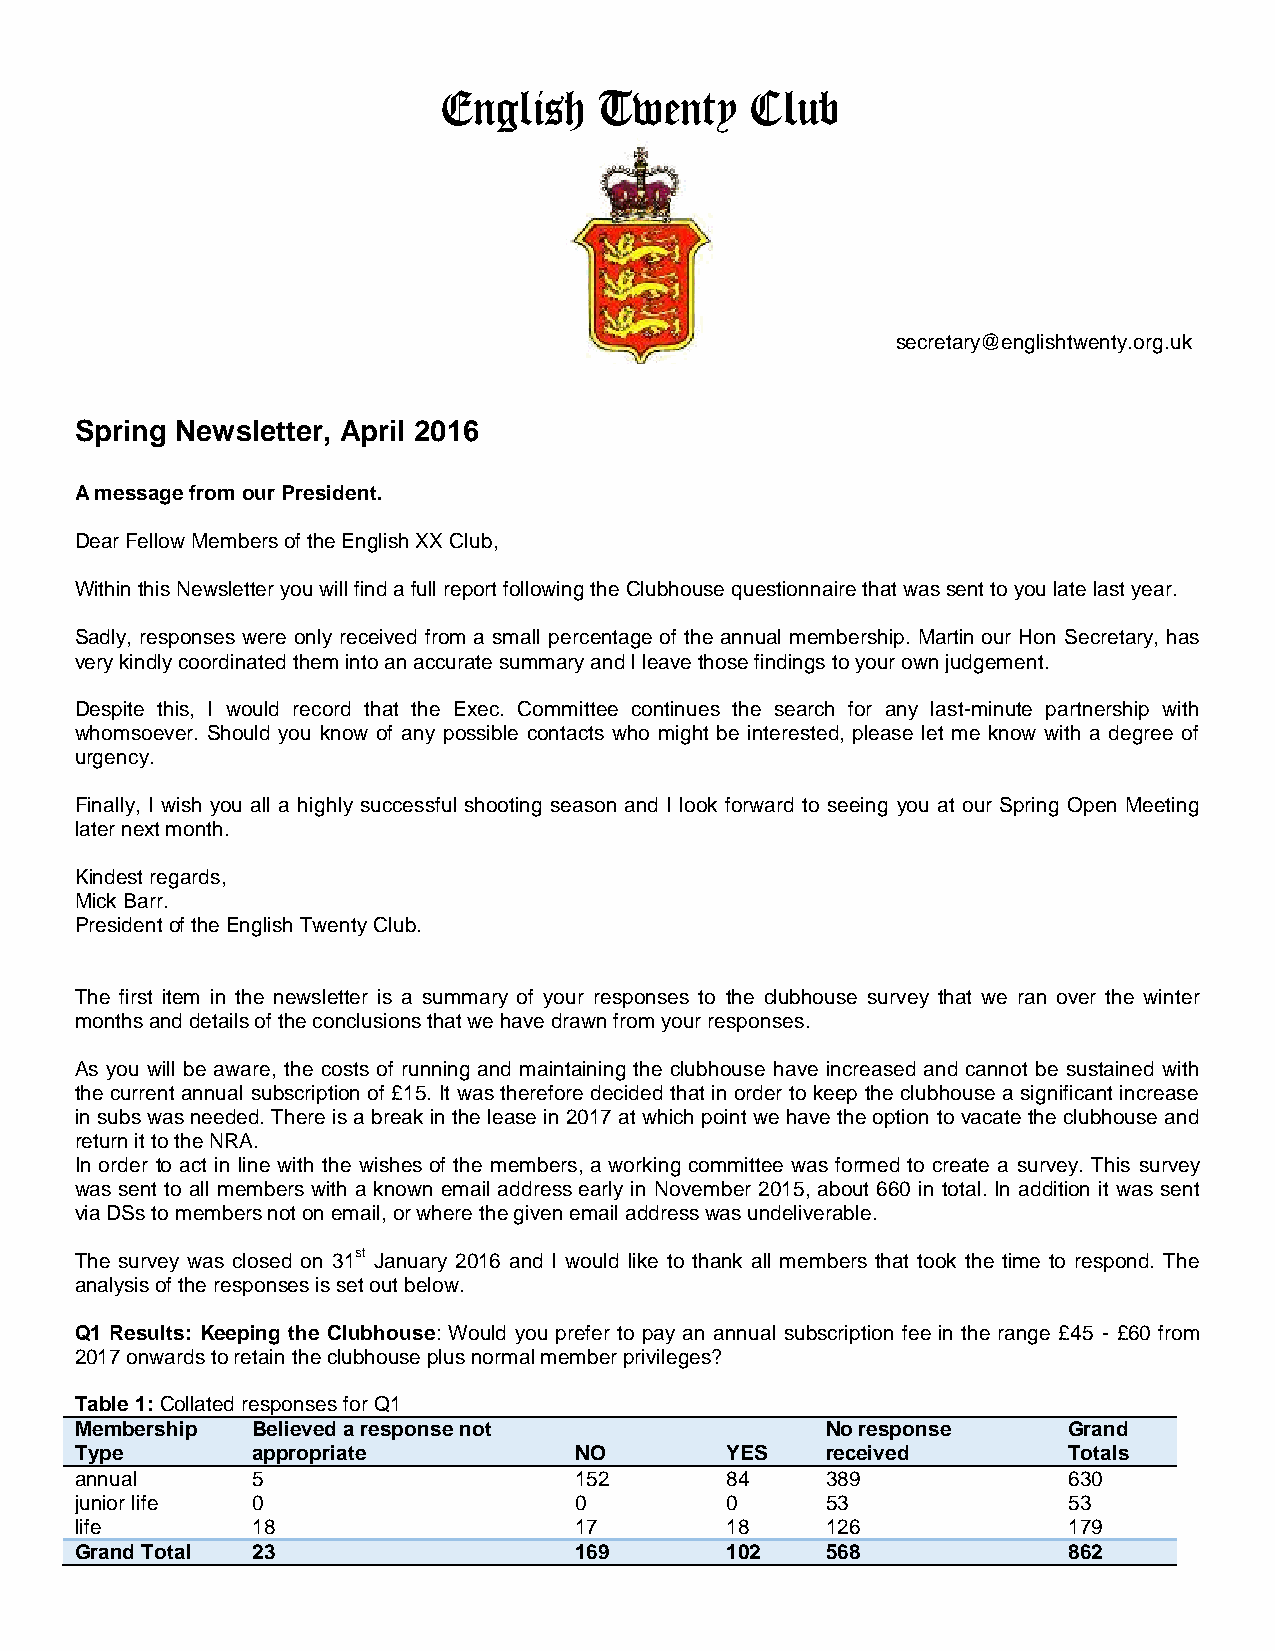
English    Twenty    Club
 secretary@englishtwenty.org.uk
 Spring Newsletter, April 2016
 A message from our President.
 Dear Fellow Members of the English XX Club,
 Within this Newsletter you will find a full report following the Clubhouse questionnaire that was sent to you late last year.
 Sadly, responses were only received from a small percentage of the annual membership. Martin our Hon Secretary, has
 very kindly coordinated them into an accurate summary and I leave those findings to your own judgement.
 Despite this, I would record that the Exec. Committee continues the search for any last-minute partnership with
 whomsoever. Should you know of any possible contacts who might be interested, please let me know with a degree of
 urgency.
 Finally, I wish you all a highly successful shooting season and I look forward to seeing you at our Spring Open Meeting
 later next month.
 Kindest regards,
 Mick Barr.
 President of the English Twenty Club.
 The first item in the newsletter is a summary of your responses to the clubhouse survey that we ran over the winter
 months and details of the conclusions that we have drawn from your responses.
 As you will be aware, the costs of running and maintaining the clubhouse have increased and cannot be sustained with
 the current annual subscription of £15. It was therefore decided that in order to keep the clubhouse a significant increase
 in subs was needed. There is a break in the lease in 2017 at which point we have the option to vacate the clubhouse and
 return it to the NRA.
 In order to act in line with the wishes of the members, a working committee was formed to create a survey. This survey
 was sent to all members with a known email address early in November 2015, about 660 in total. In addition it was sent
 via DSs to members not on email, or where the given email address was undeliverable.
 The survey was closed on 31st January 2016 and I would like to thank all members that took the time to respond. The
 analysis of the responses is set out below.
 Q1 Results: Keeping the Clubhouse: Would you prefer to pay an annual subscription fee in the range £45 - £60 from
 2017 onwards to retain the clubhouse plus normal member privileges?
 Table 1: Collated responses for Q1
 Membership  Believed a response not               No response     Grand
 Type        appropriate          NO        YES    received        Totals
 annual      5                    152       84     389             630
 junior life 0                    0         0      53              53
 life        18                   17        18     126             179
 Grand Total 23                   169       102    568             862